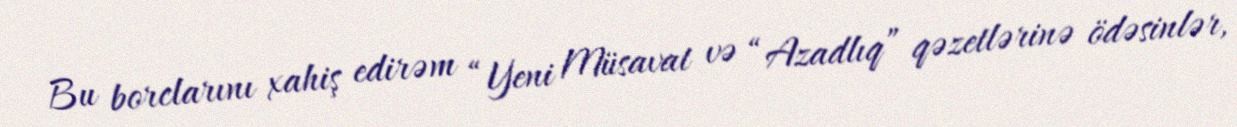
Bu borclarını xahiş edirəm “Yeni Müsavat və “Azadlıq” qəzetlərinə ödəsinlər,